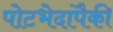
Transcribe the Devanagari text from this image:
पोटभेदांपैकी